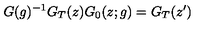
G ( g ) ^ { - 1 } G _ { T } ( z ) G _ { 0 } ( z ; g ) = G _ { T } ( z ^ { \prime } )